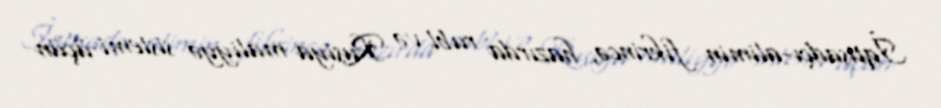
İqtisadçı-alimin fikrincə, hazırda rubl və Rusiya maliyyə sistemi üçün